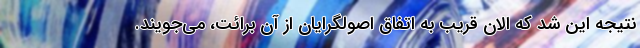
نتیجه این شد که الان قریب به اتفاق اصولگرایان از آن برائت، می‌جویند.